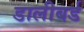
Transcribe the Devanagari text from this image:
डालीबर्ड